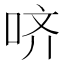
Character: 哜